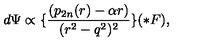
d \Psi \propto \lbrace \frac { ( p _ { 2 n } ( r ) - \alpha r ) } { ( r ^ { 2 } - q ^ { 2 } ) ^ { 2 } } \rbrace ( \ast F ) ,